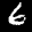
Label: 6